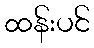
ထန်းပင်